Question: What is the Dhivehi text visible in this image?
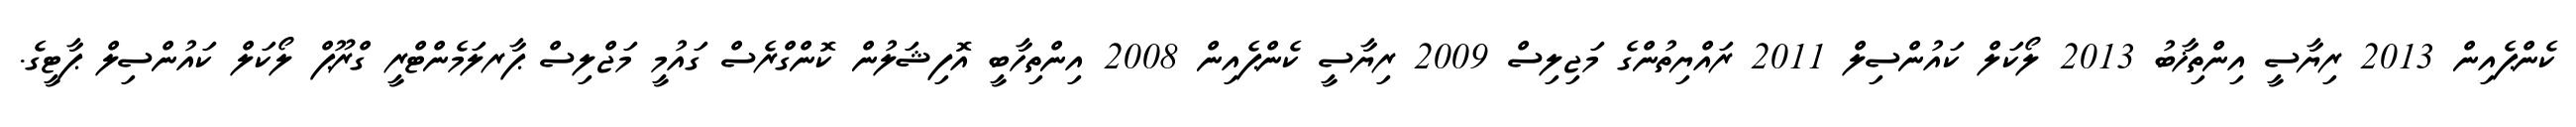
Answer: ކެންޕެއިން 2013 ރިޔާސީ އިންތިޚާބު 2013 ލޯކަލް ކައުންސިލް 2011 ރައްޔިތުންގެ މަޖިލިސް 2009 ރިޔާސީ ކެންޕެއިން 2008 އިންތިހާބީ އޮފިޝަލުން ކޮންގްރެސް ގައުމީ މަޖްލިސް ޕާރލަމެންޓްރީ ގްރޫޕް ލޯކަލް ކައުންސިލް ޕާޓީގެ.